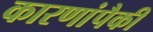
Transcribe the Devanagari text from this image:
कारणांपैकी